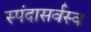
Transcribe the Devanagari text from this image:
स्पंदासर्वस्व